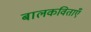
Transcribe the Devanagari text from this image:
बालकविताएँ